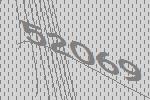
52069